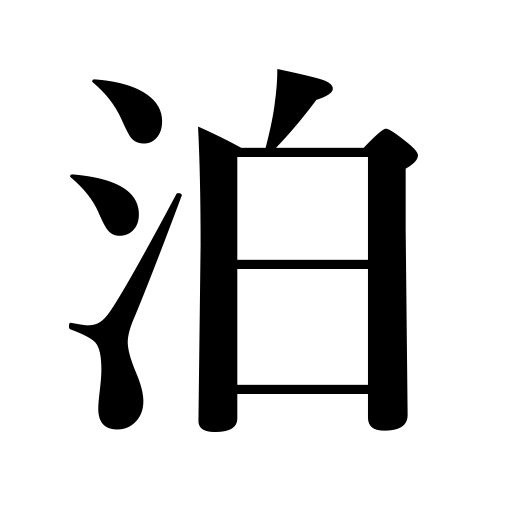
Meanings: put up at,lodge a person,stay at,three-day stay,ride at anchor